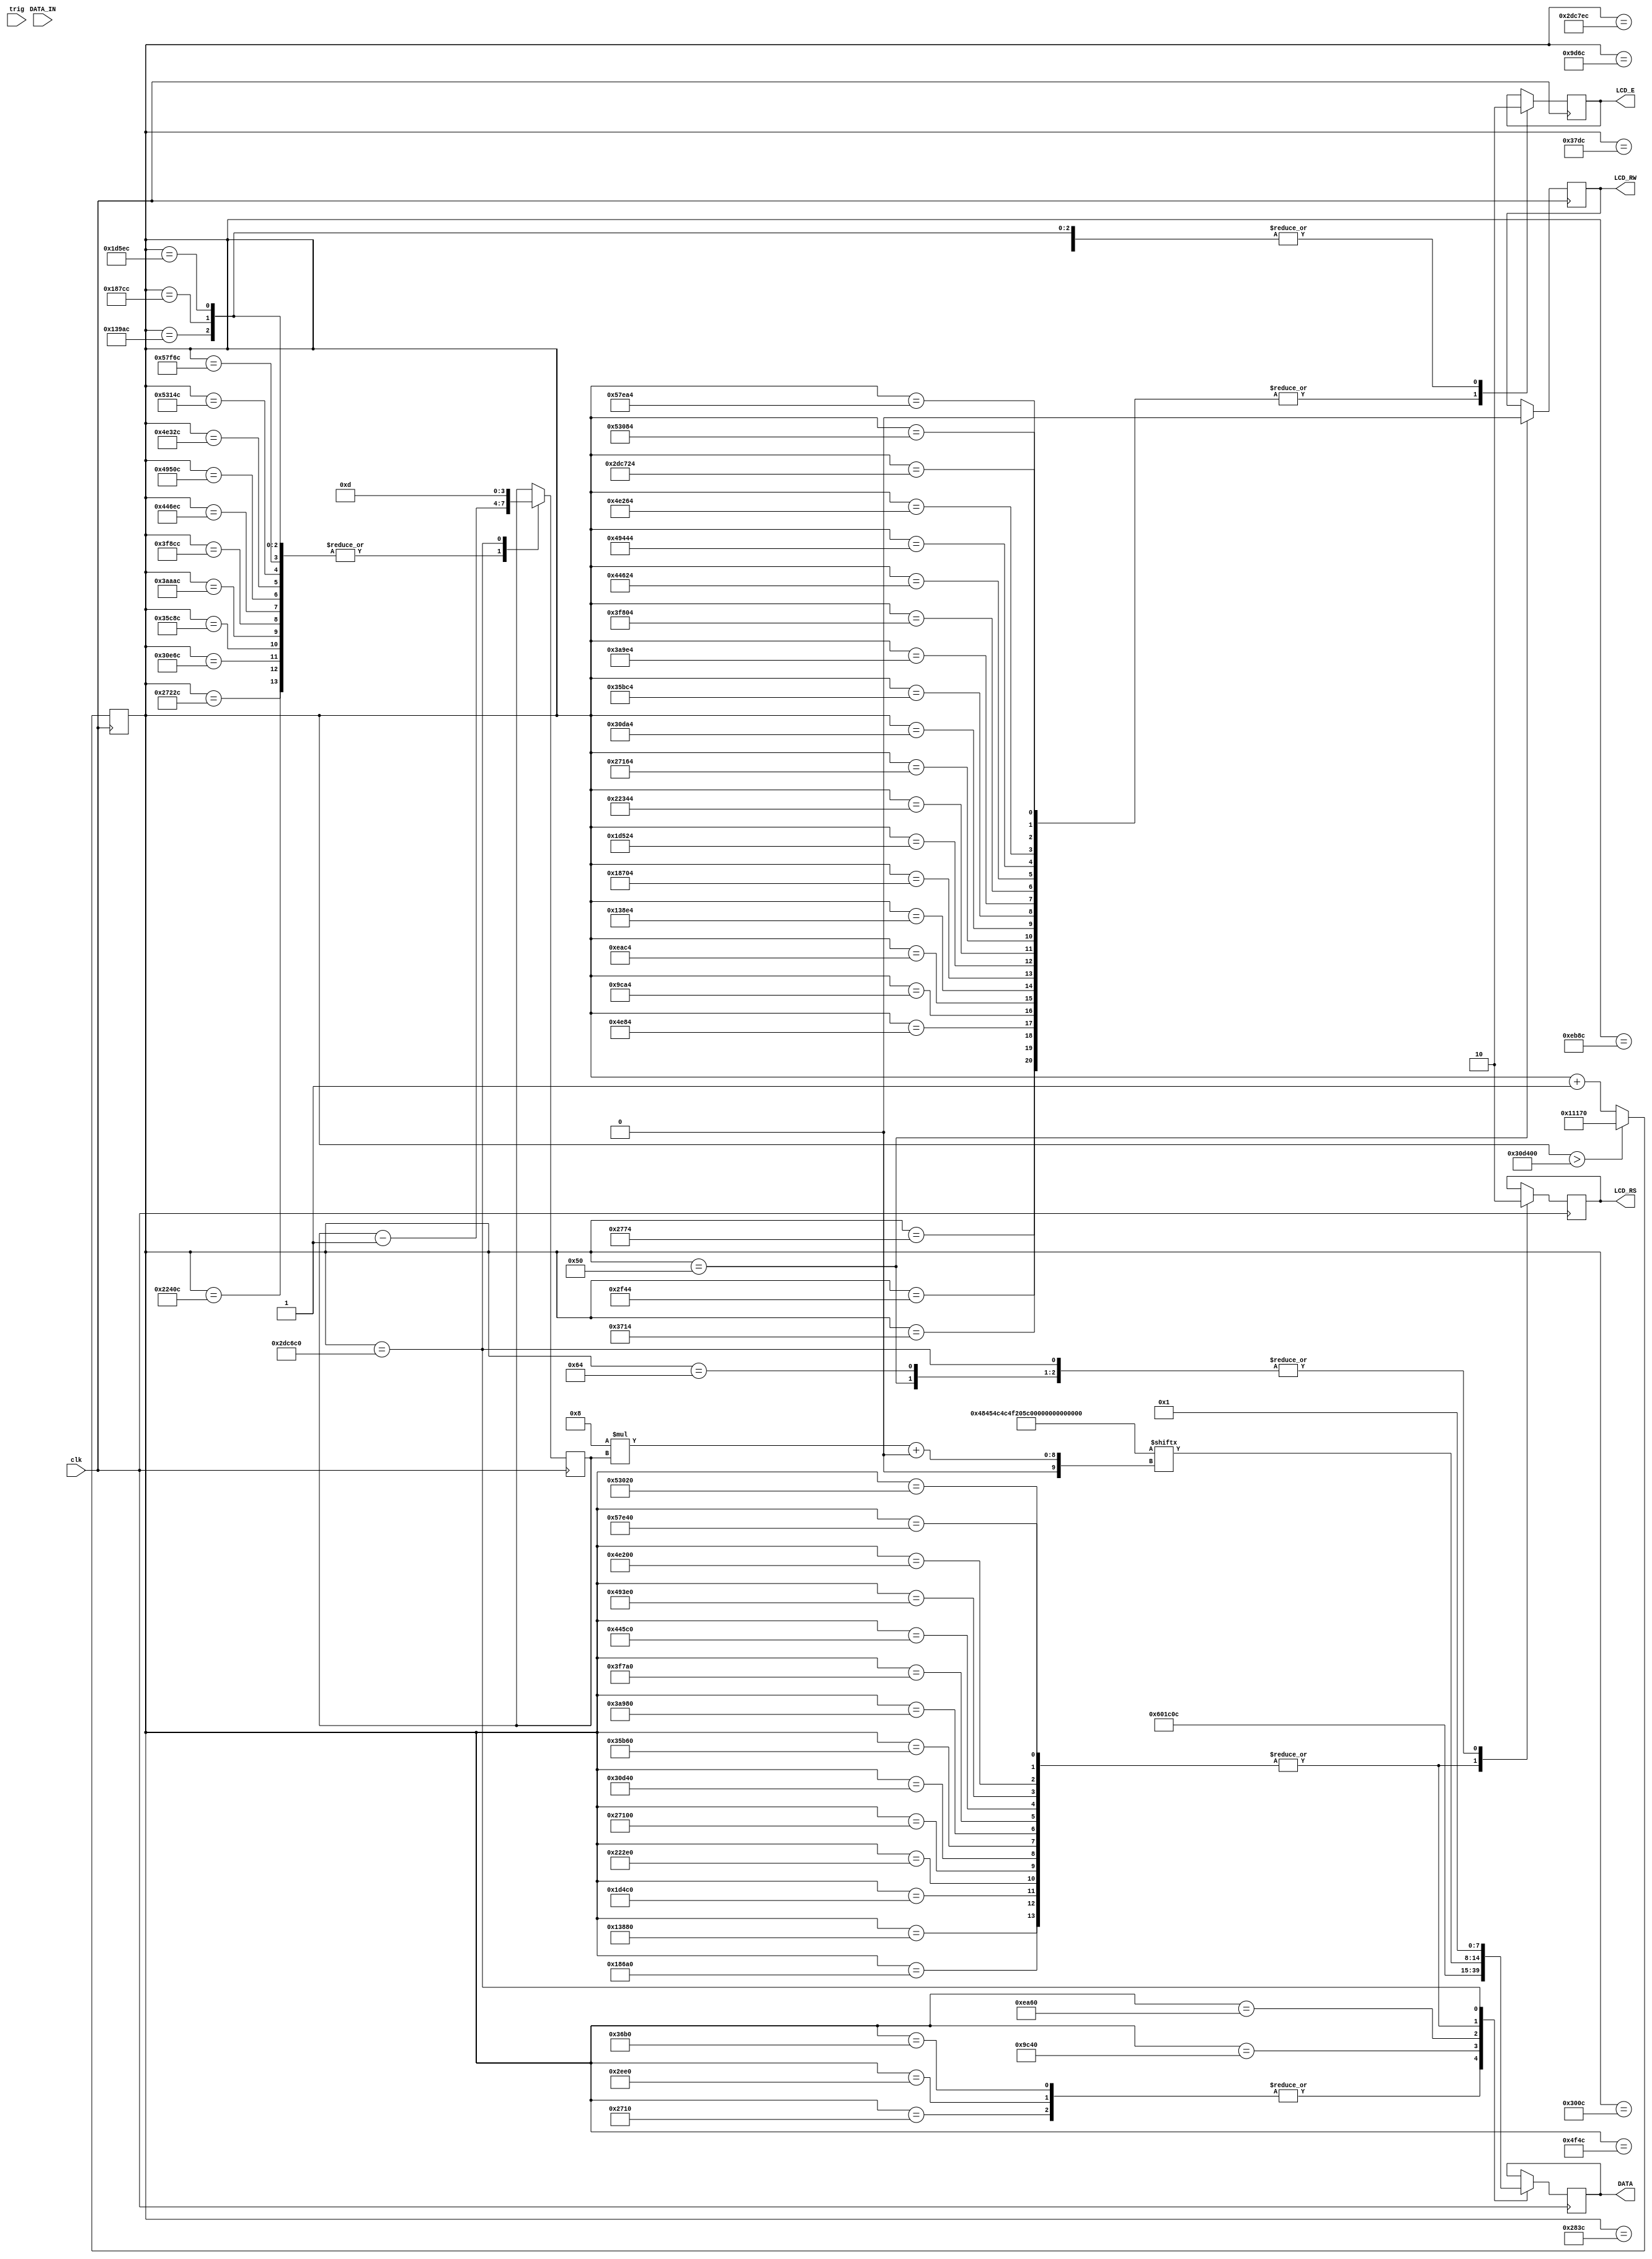
module lcd_top(
    output reg LCD_RS,
    output reg LCD_RW,
    output reg LCD_E,
    output reg[7:0] DATA,
    
    input [7:0] DATA_IN,
    input trig,
    input clk
    );
    parameter str_len = 14;
    reg [31:0]count=0;
    reg [7:0]data;
    reg [str_len*8-1:0]string = "HELLO ZedBoard";
    reg [3:0]i = str_len-1;
    
//    reg rs, rw, e;
    //reg [31:0]count;

//    assign LCD_RS = rs;
    
    always @(posedge clk)begin //20 Mhz clock - one clock pulse 50ns - count + 1 in 100ns - 1usec = 10 count
        data<=DATA_IN;
        count <= count + 1;
        case(count)
             80 : begin LCD_RS <= 1'b0;  LCD_RW <= 1'b0;   LCD_E <= 1'b0;  end
     
             100: begin LCD_E <= 1'b0; LCD_RS <= 1'b0; end
             10000:   DATA <= 8'h0x30;      // function set 8 bit operation, 2 line disply, 5x8 character
             10100:      LCD_E <= 1'b1;
             10300:      LCD_E <= 1'b0; 
             12000:   DATA <= 8'h0x30;      // function set 8 bit operation, 2 line disply, 5x8 character
             12100:      LCD_E <= 1'b1;
             12300:      LCD_E <= 1'b0; 
             14000:   DATA <= 8'h0x30;      // function set 8 bit operation, 2 line disply, 5x8 character
             14100:      LCD_E <= 1'b1;
             14300:      LCD_E <= 1'b0; 
             14000:   DATA <= 8'h0x38;      // function set 8 bit operation, 2 line disply, 5x8 character
             20100:      LCD_E <= 1'b1;
             20300:      LCD_E <= 1'b0;     // 2us pulse for writing the data/command
             40000:  DATA <= 8'h0x0E;       //Turns on display and cursor
             40100:      LCD_E <= 1'b1;
             40300:      LCD_E <= 1'b0;     // 2us pulse for writing the data/command
             60000:  DATA <= 8'h0x06;       // shift cursor right after write
             60100:      LCD_E <= 1'b1;
             60300:      LCD_E <= 1'b0;     // 2us pulse for writing the data/command
             80000:  begin LCD_RS = 1'b1;  DATA = string[8*i +: 7]; end   
             80100:      LCD_E <= 1'b1;
             80300:      begin    LCD_E <= 1'b0; i = i-1; end
             100000: begin LCD_RS = 1'b1; DATA = string[8*i +: 7];end
             100100:      LCD_E <= 1'b1;
             100300:      begin    LCD_E <= 1'b0; i = i-1; end
             120000:  begin LCD_RS = 1'b1;  DATA = string[8*i +: 7]; end 
             120100:      LCD_E <= 1'b1;
             120300:      begin    LCD_E <= 1'b0; i = i-1; end
             140000:  begin LCD_RS = 1'b1;  DATA = string[8*i +: 7];end 
             140100:      LCD_E <= 1'b1;
             140300:      begin    LCD_E <= 1'b0; i = i-1; end
             160000:  begin LCD_RS = 1'b1;  DATA = string[8*i +: 7];end  
             160100:      LCD_E <= 1'b1;
             160300:      begin    LCD_E <= 1'b0; i = i-1; end
             200000:  begin LCD_RS = 1'b1; DATA = string[8*i +: 7]; end  
             200100:      LCD_E <= 1'b1;
             200300:      begin    LCD_E <= 1'b0; i = i-1; end
             220000:    begin LCD_RS = 1'b1; DATA = string[8*i +: 7]; end
             220100:      LCD_E <= 1'b1;
             220300:      begin    LCD_E <= 1'b0; i = i-1; end
             240000:    begin LCD_RS = 1'b1; DATA = string[8*i +: 7]; end
             240100:      LCD_E <= 1'b1;
             240300:      begin    LCD_E <= 1'b0; i = i-1; end
             260000:    begin LCD_RS = 1'b1;  DATA = string[8*i +: 7]; end
             260100:      LCD_E <= 1'b1;
             260300:      begin    LCD_E <= 1'b0; i = i-1; end
             280000:    begin LCD_RS = 1'b1;  DATA = string[8*i +: 7]; end
             280100:      LCD_E <= 1'b1;
             280300:      begin    LCD_E <= 1'b0; i = i-1; end
             300000:    begin LCD_RS = 1'b1;  DATA = string[8*i +: 7]; end
             300100:      LCD_E <= 1'b1;
             300300:      begin    LCD_E <= 1'b0; i = i-1; end
             320000:    begin LCD_RS = 1'b1;  DATA = string[8*i +: 7]; end
             320100:      LCD_E <= 1'b1;
             320300:      begin    LCD_E <= 1'b0; i = i-1; end
             340000:    begin LCD_RS = 1'b1;  DATA = string[8*i +: 7]; end
             340100:      LCD_E <= 1'b1;
             340300:      begin    LCD_E <= 1'b0; i = i-1; end
             360000:    begin LCD_RS = 1'b1;  DATA = string[8*i +: 7]; end
             360100:      LCD_E <= 1'b1;
             360300:      begin    LCD_E <= 1'b0; i = i-1; end
             
             3000000:  begin LCD_RS = 1'b0; DATA <= 8'h0x01; i <= str_len-1; end  //HOME
             3000100:      LCD_E <= 1'b1;
             3000300:      LCD_E <= 1'b0;
              default: ;         
        endcase
        if (count > 3200000) count<= 70000;
    end
        
endmodule